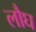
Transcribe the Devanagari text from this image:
लौघ